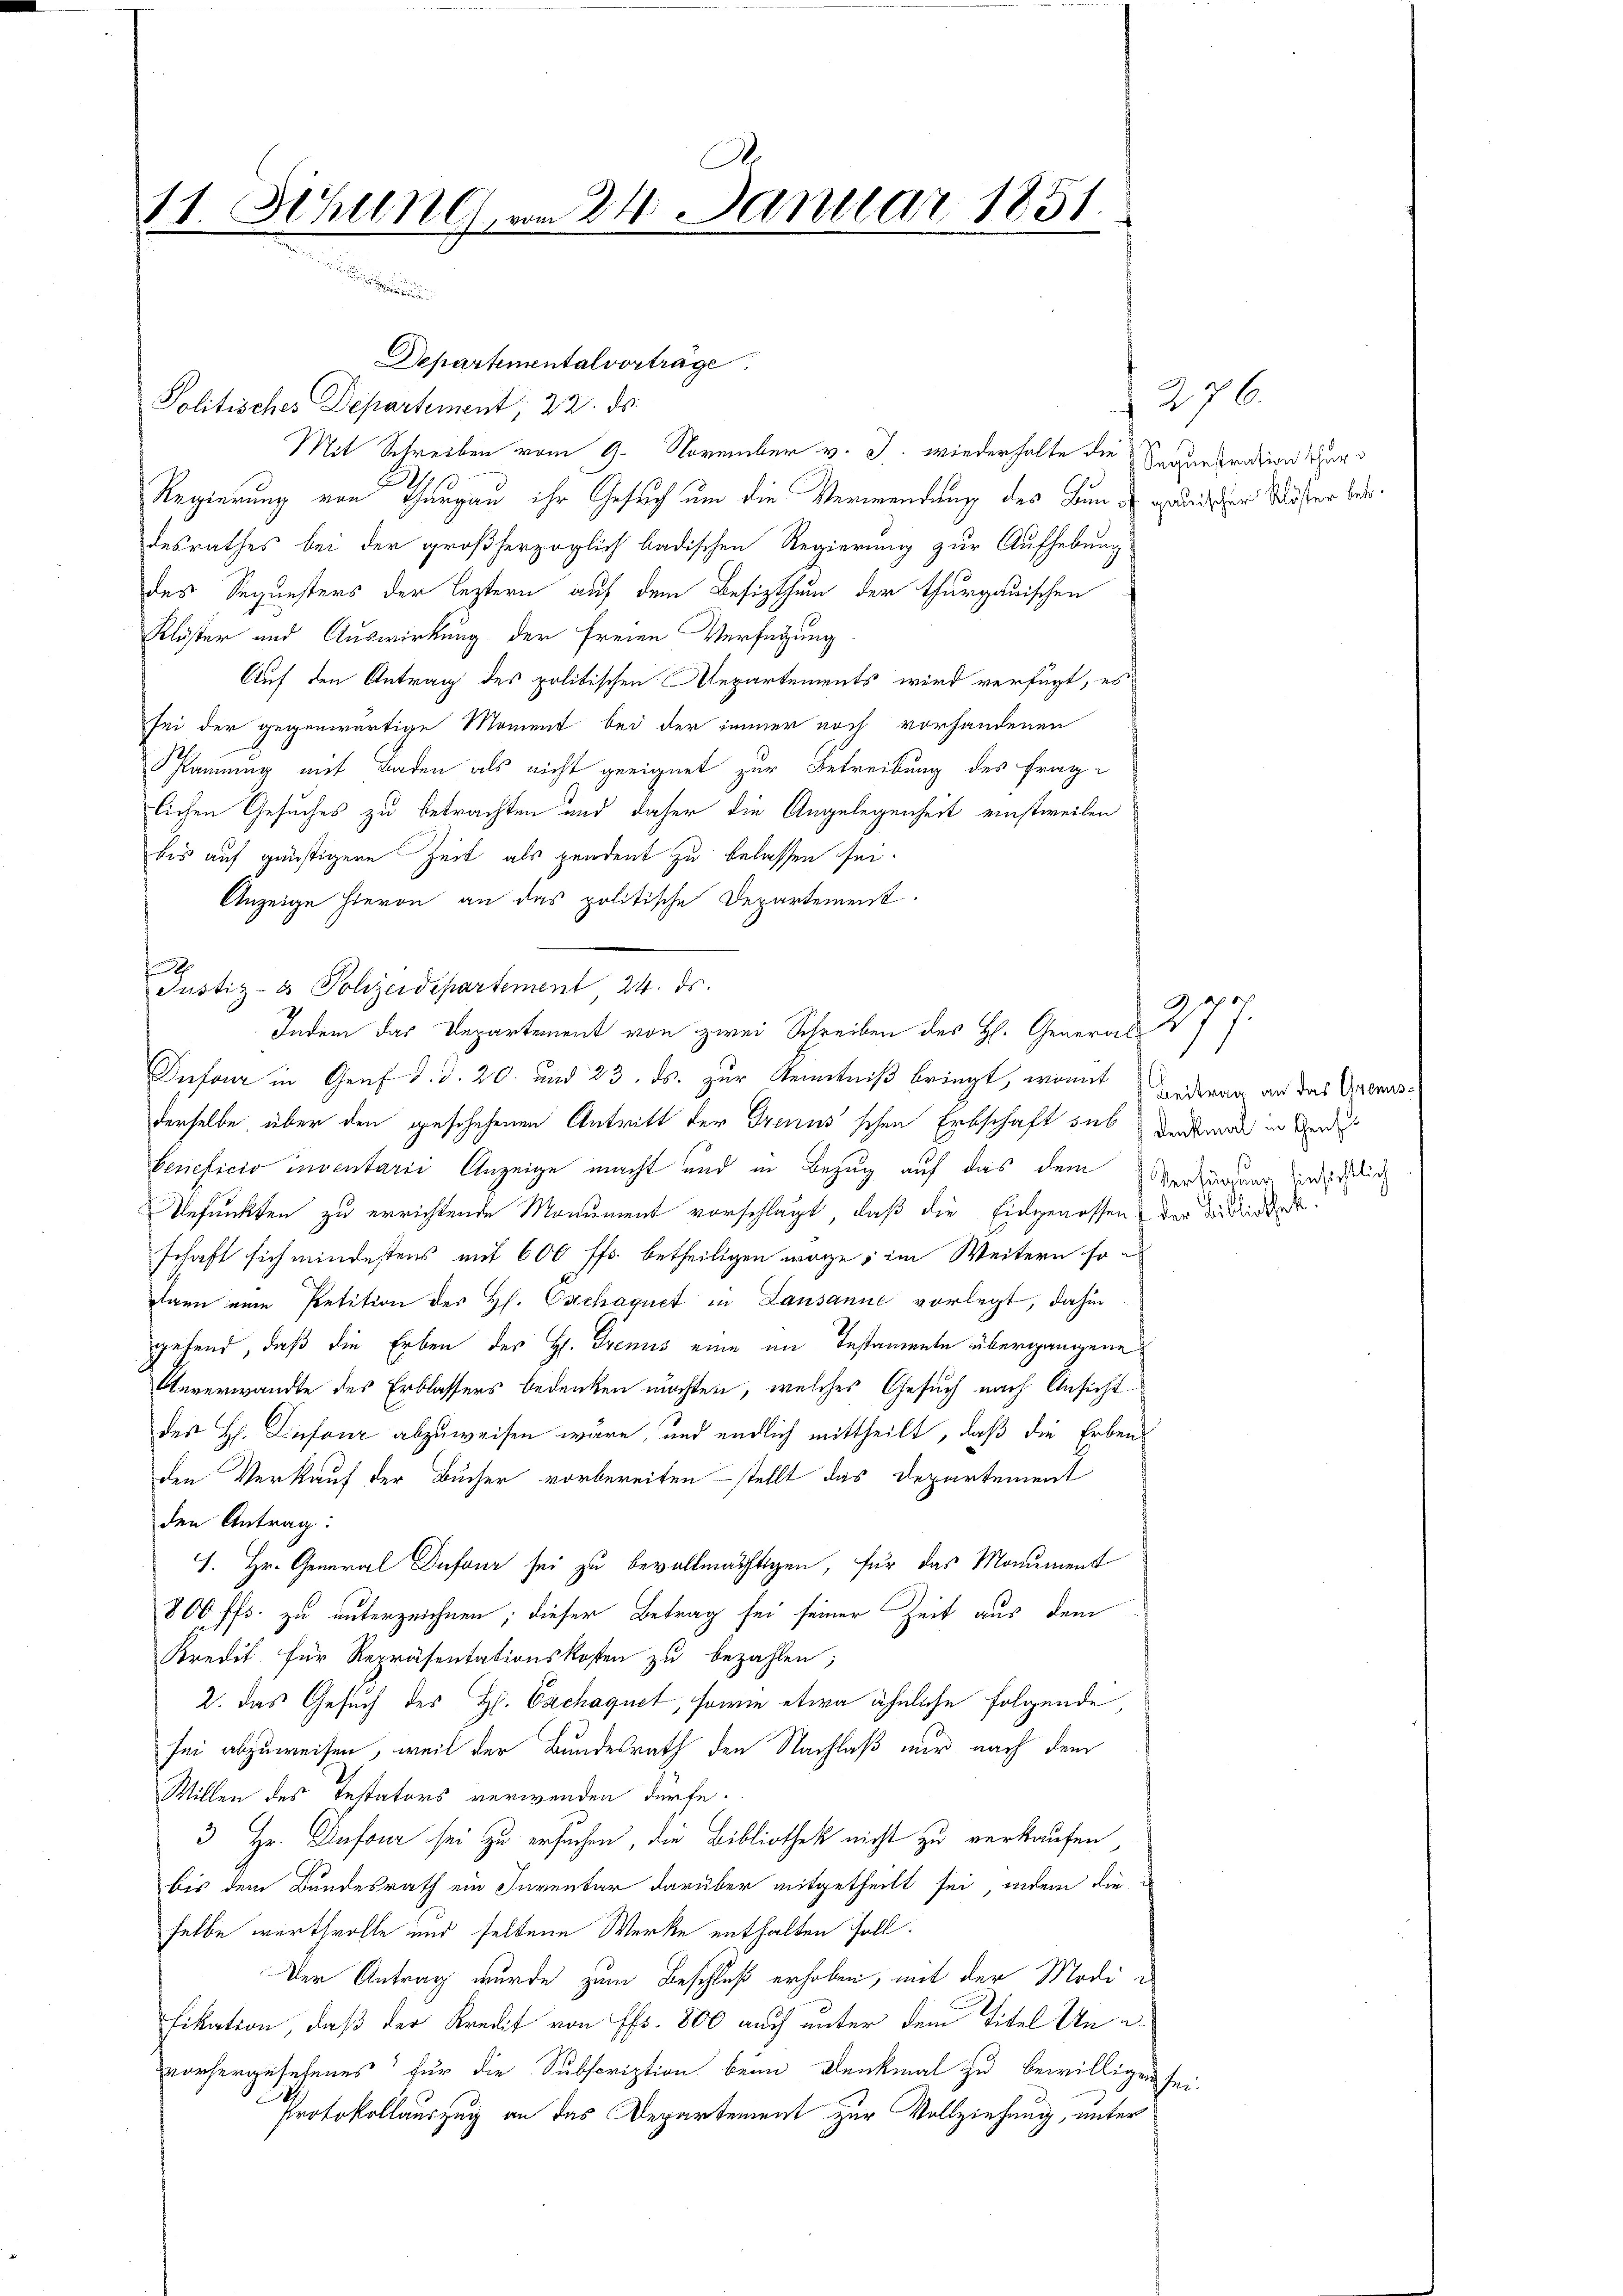
A.
11. Sitzung am 24. Januar 1851.

Departementalvorträge.
Politisches Departement, 22. ds.
Mit Schreiben vom 9. November v. J. wiederhalte die Strankration der
Regierung von Thurgau ihr Gesuch um die Verwendung des Bund gewidrigen Mösser berdesrathes bei der großherzoglich badischen Regierung zur Aufhebung
des Sequesters der leztern auf dem Besizthum der thurgauischen
Klöster und Auswirkung der freien Verfügung
Auf den Antrag des politischen Repartements wird verfügt, es
sei der gegenwärtige Moment bei der immer noch vorhandenen
Pannung mit Baden als nicht geeignet zur Betreibung des Frag-
lichen Gesuches zu betrachten und daher die Angelegenheit einstweilen
bis auf günstigere Zeit als pendent zu belassen sei.
Anzeige hievon an das politische Departement

Indem das Departement von zwei Schreiben des H. Generals
Infour in Genf d. d. 20. und 23. ds. zur Kenntniß bringt, womit Bederung an das Grosderselbe über den geschehenen Antritt der Trenns'schen Erbschaft sub der war in werde
beneficio inventarii Anzeige macht und in Bezug auf das dem Verzündung sind gesic
Refunkten zu errichtende Monument vorschlagt, daß die Eidgenossen der Biblindet
schaft sich mindestens mit 600 ff. betheiligen möge; im Weitern so
dann eine Petition des H. Exchaquet in Lausanne vorlegt, dahin
gebend, daß die Erben des H. Drenis eine im Testammeln übergangene
Anverwandte des Erblassers bedenken möchten, welches Gesuch nach Ansicht
des H. Dufour abzuweisen wäre, und endlich mittheilt, daß die Erbens
den Verkauf der Bucher vorbereiten – stellt das Departement
den Antrag:
1. Hr. General Dufour sei zu bevollmächtigen, für das Monument
800 ff. zu unterzeichnen; dieser Betrag sei seiner Zeit aus dem
Kredit für Repräsentationskosten zu bezahlen;
2. das Gesuch des H. Cachaquet, sowie etwa ähnliche folgende,
sei abzuweisen, weil der Bundesrath den Nachlaß nur nach dem
Willen des Testators verwenden dürfe.
3 Hr. Dufour sei zu ersuchen, die Bibliothek nicht zu verkaufen
bis dem Bundesrath ein Inventar darüber mitgetheilt sei, indem die d
selbe werthvolle und seltene Werke enthalten Fall.
Der Antrag wurde zum Beschluß erhoben, mit der Modifikation, daß der Kredit von fl. 800 auch unter dem Titel Un
vorhergesehenes für die Subscription beim Denkmal zu bewilligen,
Protokollauszug an das Departement zur Vollziehung, unter

Justiz- & Polizeidepartement 24. ds.

276.

i

apoch